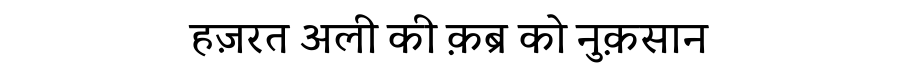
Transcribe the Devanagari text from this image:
हज़रत अली की क़ब्र को नुक़सान